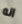
انه